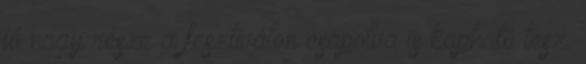
jó nagy része a fesztiválon csapolva is kapható lesz.